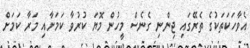
އެވާހަކަތަކުގެ ތެރޭގައި ޖިންނި ގެނެސް މީހުން މޮޔަ ކުރުވާ ކަމަށާއި މަރާ ކަމަށް